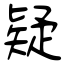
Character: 疑